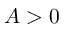
A > 0